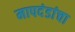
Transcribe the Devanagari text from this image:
मापदंडांचा